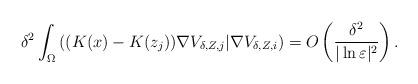
LaTeX: \begin{align*}\delta^2\int_{\Omega}\left( (K(x)-K(z_j))\nabla V_{\delta,Z,j}|\nabla V_{\delta,Z,i}\right)=O\left( \frac{\delta^2}{|\ln\varepsilon|^2}\right).\end{align*}